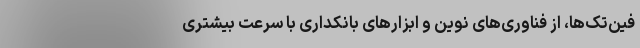
فین‌تک‌ها، از فناوری‌های نوین و ابزارهای بانکداری با سرعت بیشتری